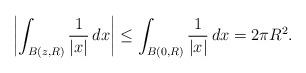
LaTeX: \begin{align*} \left|\int_{B(z,R)}\frac{1}{|x|} \,dx\right|\leq \int_{B(0,R)}\frac{1}{|x|}\,dx=2\pi R^2.\end{align*}